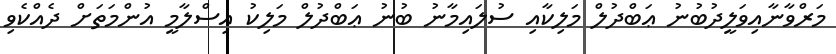
މަރްވާނާއިވަލީދުބުނު ޢަބްދުލް މަލިކާއި ސުލައިމާނު ބުނު ޢަބްދުލް މަލިކު އިސްލާމީ އުންމަތަށް ދެއްކެވި